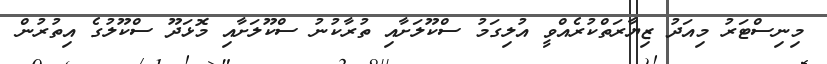
މިނިސްޓަރު މިއަދު ޒިޔާރަތްކުރެއްވީ އުލިގަމު ސްކޫލަށާއި ތުރާކުނު ސްކޫލަށާއި މޮޅަދޫ ސްކޫލުގެ އިތުރުން